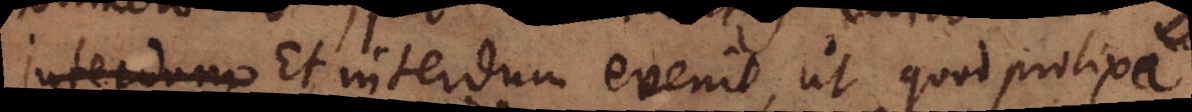
interdum Et interdum evenit, ut quod prolixa